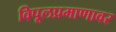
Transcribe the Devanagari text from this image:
विपूलप्रमाणावर